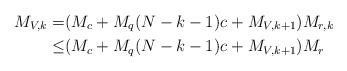
LaTeX: \begin{align*}M_{V,k}=&(M_{c}+M_q(N-k-1)c_{}+M_{V,k+1})M_{r,k}\\\leq&(M_{c}+M_q(N-k-1)c_{}+M_{V,k+1})M_{r}\end{align*}